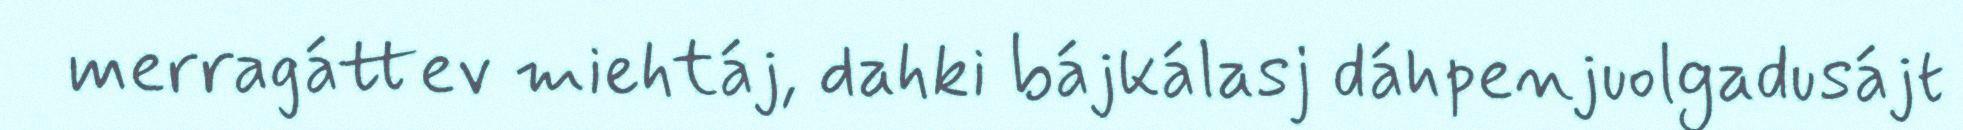
merragáttev miehtáj, dahki bájkálasj dáhpenjuolgadusájt